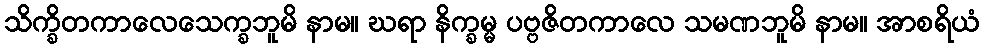
သိက္ခိတကာလေသေက္ခဘူမိ နာမ။ ဃရာ နိက္ခမ္မ ပဗ္ဗဇိတကာလေ သမဏဘူမိ နာမ။ အာစရိယံ